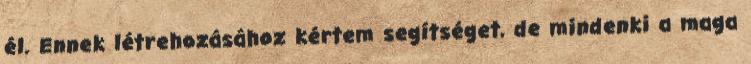
él. Ennek létrehozásához kértem segítséget, de mindenki a maga